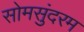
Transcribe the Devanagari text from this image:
सोमसुंदरम